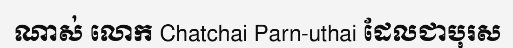
ណាស់ លោក Chatchai Parn-uthai ដែលជាបុរស